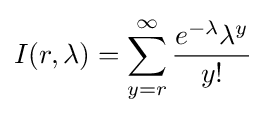
I(r,\lambda )=\sum _{y=r}^{\infty }{\frac {e^{-\lambda }\lambda ^{y}}{y!}}